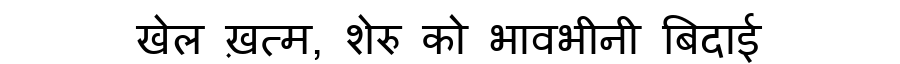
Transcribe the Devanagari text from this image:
खेल ख़त्म, शेरु को भावभीनी बिदाई